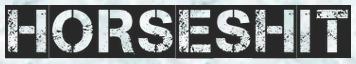
HORSESHIT